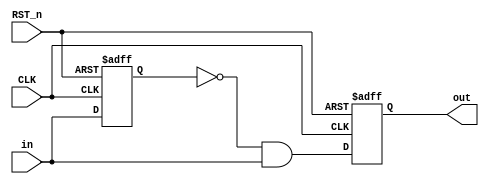
module PULSE_GENERATOR
(
input CLK          ,
input RST_n        ,	
input in           ,

output reg out
);

reg Q_in           ;


always @(posedge CLK or negedge RST_n) begin
	if (!RST_n) begin
	 Q_in  <= 1'b0         ;
	 out   <= 1'b0         ;
	end
	
	else begin
     Q_in <= in            ;
	 out <= ~Q_in & in     ;	
	end
end

endmodule





//=================================== TESTNECH =============================================================

// module PULSE_GENERATOR_tb;

// reg CLK   ;
// reg RST_n ;	
// reg in    ;

// wire out  ;


// PULSE_GENERATOR dut(.CLK(CLK) ,.RST_n(RST_n) ,.in(in) ,.out(out));


// always#2 CLK = ~CLK;

// initial begin
// CLK = 0        ;
// in = 0         ;

// RST_n = 0      ;
// #6             ;
// RST_n = 1      ;
// #2             ;

// @(negedge CLK);

// in = 0         ;
// #10            ;
// in = 1         ;
// #50            ;

// $stop;
// end


// endmodule